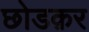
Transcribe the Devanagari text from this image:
छोडक़र